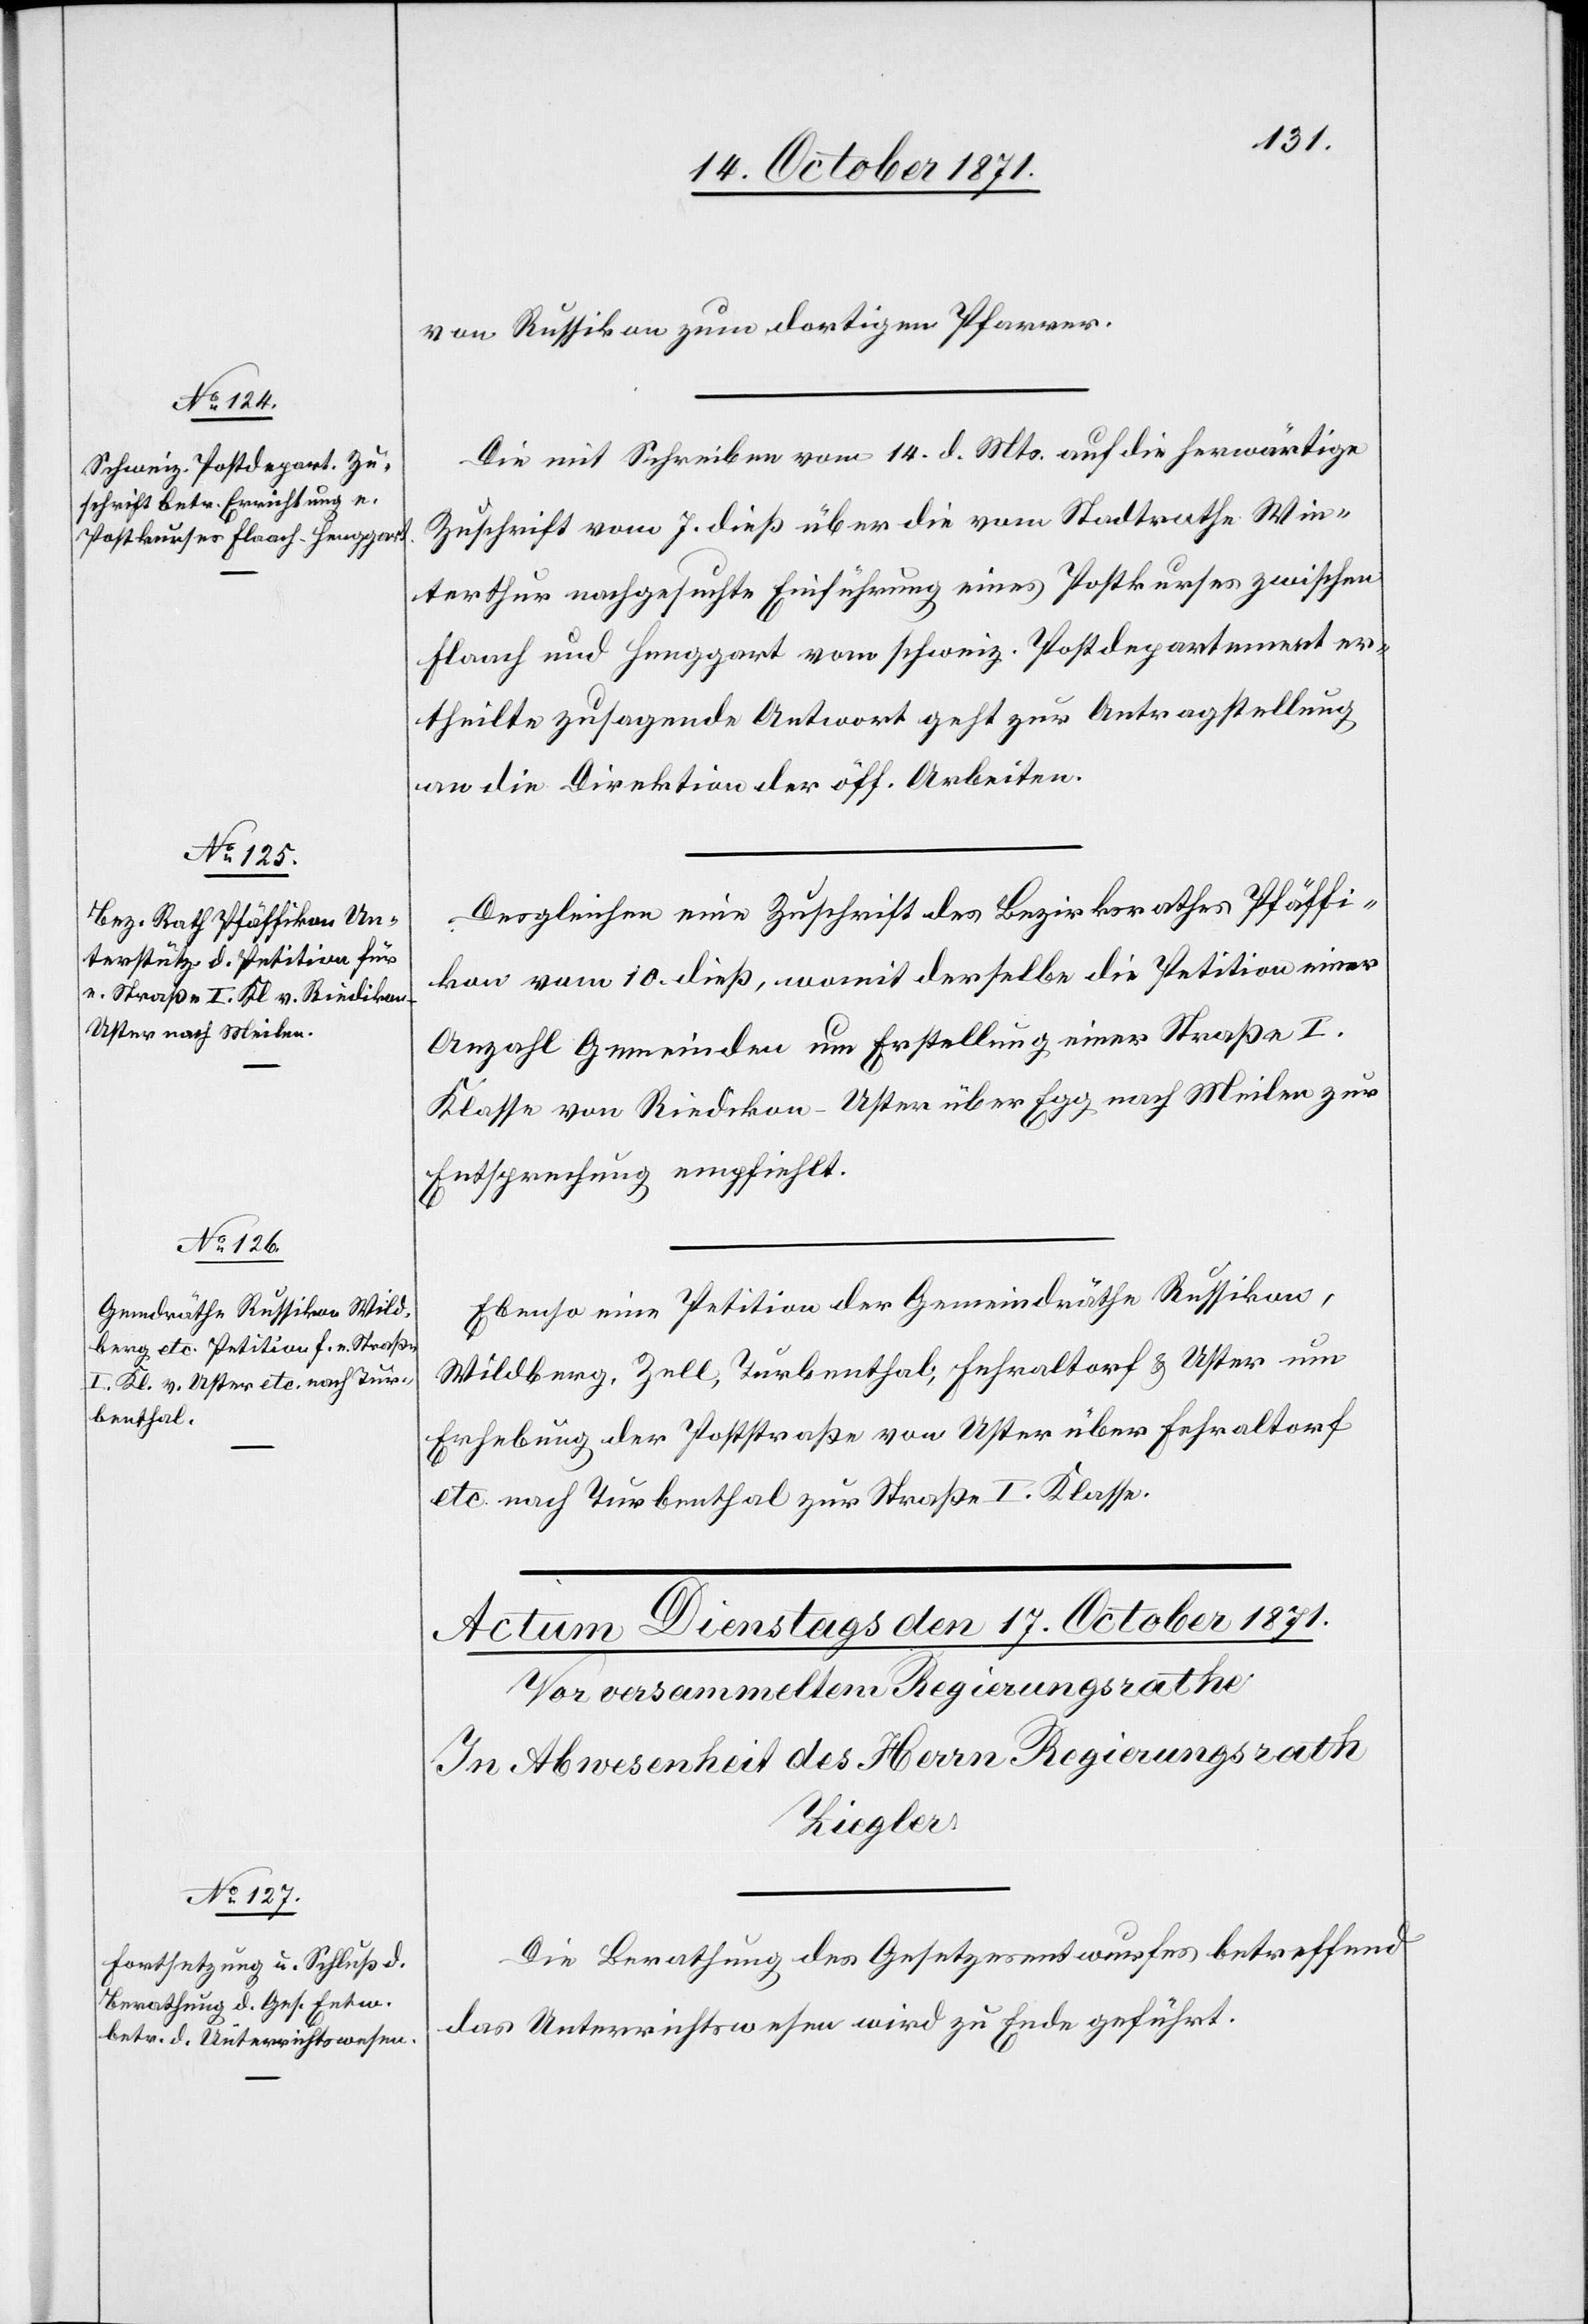
16. October 1871.]
von Russikon zum dortigen Pfarrer.
Die mit Schreiben vom 14. d. Mts. auf die herwärtige
Zuschrift vom 7. dieß über die vom Stadtrathe Win¬
terthur nachgesuchte Einführung eines Postkurses zwischen
Flaach und Henggart vom schweiz. Postdepartement er¬
theilte zusagende Antwort geht zur Antragstellung
an die Direktion der öff. Arbeiten.
Desgleichen eine Zuschrift des Bezirksrathes Pfäffi¬
kon vom 10. dieß, womit derselbe die Petition einer
Anzahl Gemeinden um Erstellung einer Straße I.
Klasse von Riedikon-Uster über Egg nach Meilen zur
Entsprechung empfiehlt.
Ebenso eine Petition der Gemeindräthe Russikon,
Wildberg, Zell, Turbenthal, Fehraltorf & Uster um
Erhebung der Poststraße von Uster über Fehraltorf
etc. nach Turbenthal zur Straße I. Klasse.
Die Berathung des Gesetzesentwurfes betreffend
das Unterrichtswesen wird zu Ende geführt.